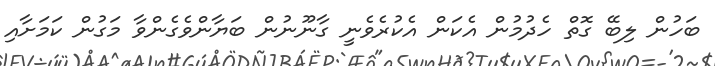
ބަހުން ލިބޭ ގޮތް ހެދުމުން އެކަން އެކުރެވެނީ ގާނޫނުން ބަޔާންވެގެންވާ މަގުން ކަމަށާއި